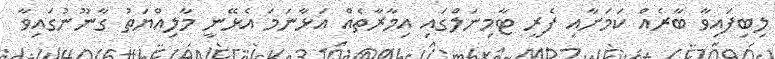
ލިބިފައިވާ ބާރެއް ކަމަށާއި ފެރީ ޓާމިނަލްގައި އިމާރާތެއް އަޅާނަމަ އެޅޭނީ މާލިއްޔަތު ގާނޫނުގައިވާ